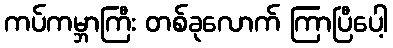
ကပ်ကမ္ဘာကြီး တစ်ခုလောက် ကြာပြီပေါ့